Report on vaccination in Madras 1877-1894 - 1877-1894
Year: 1877
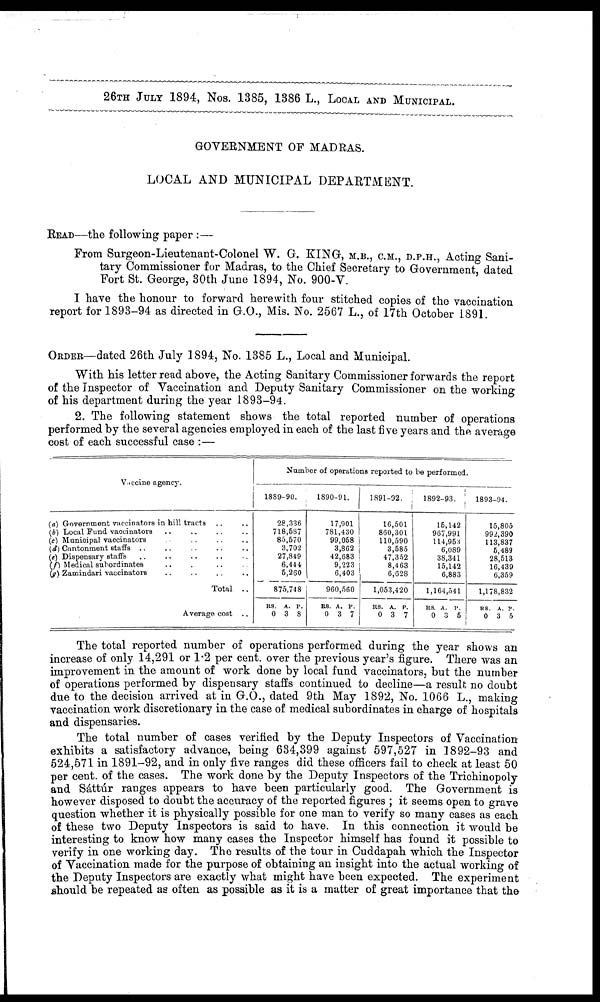
26TH JULY 1894, Nos. 1385, 1386 L., LOCAL AND MUNICIPAL.
GOVERNMENT OF MADRAS.
LOCAL AND MUNICIPAL DEPARTMENT.
READ—the following paper :—
From Surgeon-Lieutenant-Colonel W. G. KING, M.B., C.M., D.P.H., Acting Sani-
tary Commissioner for Madras, to the Chief Secretary to Government, dated
Fort St. George, 30th June 1894, No. 900-V.
I have the honour to forward herewith four stitched copies of the vaccination
report for 1893-94 as directed in G.O., Mis. No. 2567 L., of 17th October 1891.
ORDER—dated 26th July 1894, No. 1385 L., Local and Municipal.
With his letter read above, the Acting Sanitary Commissioner forwards the report
of the Inspector of Vaccination and Deputy Sanitary Commissioner on the working
of his department during the year 1893-94.
2. The following statement shows the total reported number of operations
performed by the several agencies employed in each of the last five years and the average
cost of each successful case :—
Vaccine agency.
(a) Government vaccinators in hill tracts .. ..
(b) Local Fund vaccinators .. .. .. ..
(c) Municipal vaccinators .. .. .. ..
(d) Cantonment staffs
..
..
..
..
..
(e) Dispensary staffs .. .. .. .. ..
(f ) Medical subordinates .. .. .. ..
(g) Zamindari vaccinators .. .. .. ..
Total ..
Average cost ..
Number of operations reported to be performed.
1889-90.
28,336
718,587
85,570
3,702
27,849
6,444
5,260
875,748
RS.
0
A.
3
P.
8
1890-91.
17,901
781,430
99,058
3,862
42,683
9,223
6,403
960,560
RS.
0
A.
3
P.
7
1891-92.
16,501
860,301
110,590
3,585
47,352
8,463
6,628
1,053,420
RS.
0
A.
3
P.
7
1892-93.
15,142
967,991
114,953
6,089
38,341
15,142
6,883
1,164,541
RS.
0
A.
3
P.
5
1893-94.
15,805
992,390
113,837
6,489
28,513
16,439
6,359
1,178,832
RS.
0
A.
3 P. 5
The total reported number of operations performed during the year shows an
increase of only 14,291 or 1.2 per cent. over the previous year's figure. There was an
improvement in the amount of work done by local fund vaccinators, but the number
of operations performed by dispensary staffs continued to decline—a result no doubt
due to the decision arrived at in G.O., dated 9th May 1892, No. 1066 L., making
vaccination work discretionary in the case of medical subordinates in charge of hospitals
and dispensaries.
The total number of cases verified by the Deputy Inspectors of Vaccination
exhibits a satisfactory advance, being 634,399 against 597,527 in 1892-93 and
524,571 in 1891-92, and in only five ranges did these officers fail to check at least 50
per cent. of the cases. The work done by the Deputy Inspectors of the Trichinopoly
and Sáttúr ranges appears to have been particularly good. The Government is
however disposed to doubt the accuracy of the reported figures ; it seems open to grave
question whether it is physically possible for one man to verify so many cases as each
of these two Deputy Inspectors is said to have. In this connection it would be
interesting to know how many cases the Inspector himself has found it possible to
verify in one working day. The results of the tour in Cuddapah which the Inspector
of Vaccination made for the purpose of obtaining an insight into the actual working of
the Deputy Inspectors are exactly what might have been expected. The experiment
should be repeated as often as possible as it is a matter of great importance that the